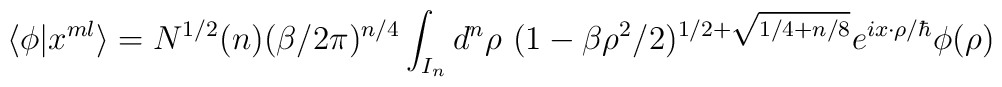
\langle \phi | x^{ml} \rangle =N^{1/2}(n) ( \beta /2 \pi)^{n/4}\int_{I_n} d^n \rho~ (1- \beta \rho^2/2)^{1/2+ \sqrt{1/4 + n/8}}e^{i x \cdot \rho/\hbar} \phi(\rho)